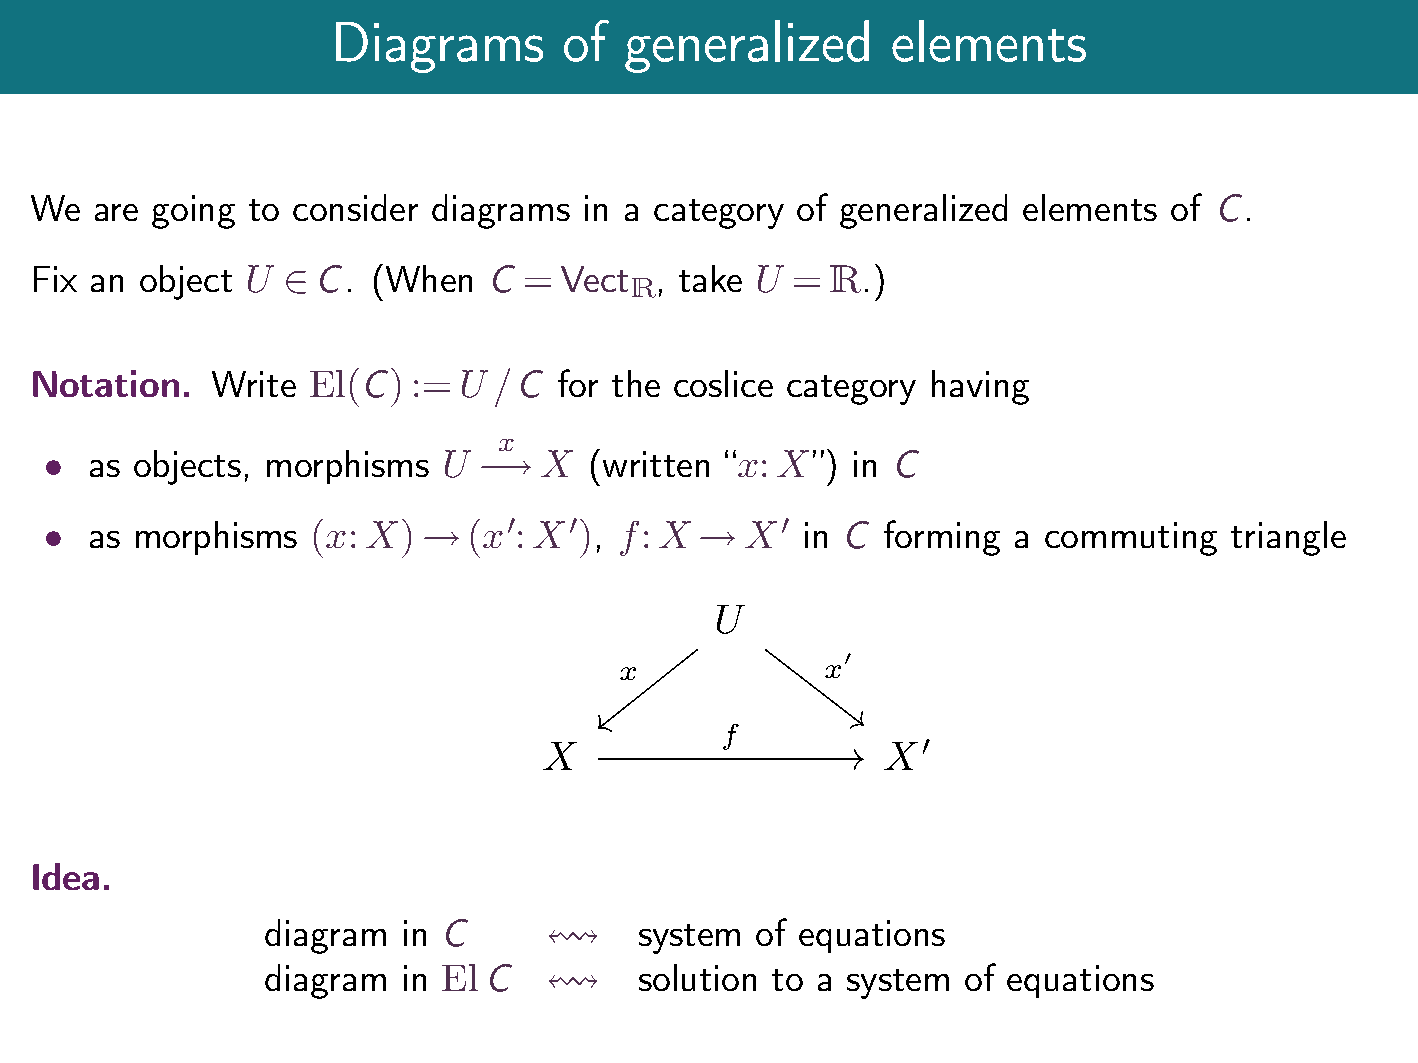
Diagrams       of  generalized       elements
 We  are going to consider  diagrams  in a category of generalized elements of C.
 Fix an object U    C.  (When  C  = Vect  , take U =  R.)
 R
 2
 Notation.   Write El(C)  := U  /C  for the coslice category having
 x
 as objects, morphisms  U      X  (written x: X) in C
                             !!!!!!!!!!
 as morphisms   (x: X)    (x : X ), f: X    X   in C forming  a commuting   triangle
 0   0             0
                         !                 !
 U
 ′
 x             x
 X           f         X′
 Idea.
 diagram   in C           system  of equations
 !
 diagram   in El C        solution to a system  of equations
 !